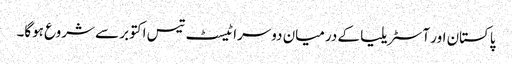
پاکستان اور آسٹریلیا کے درمیان دوسرا ٹیسٹ تیس اکتوبر سے شروع ہوگا۔